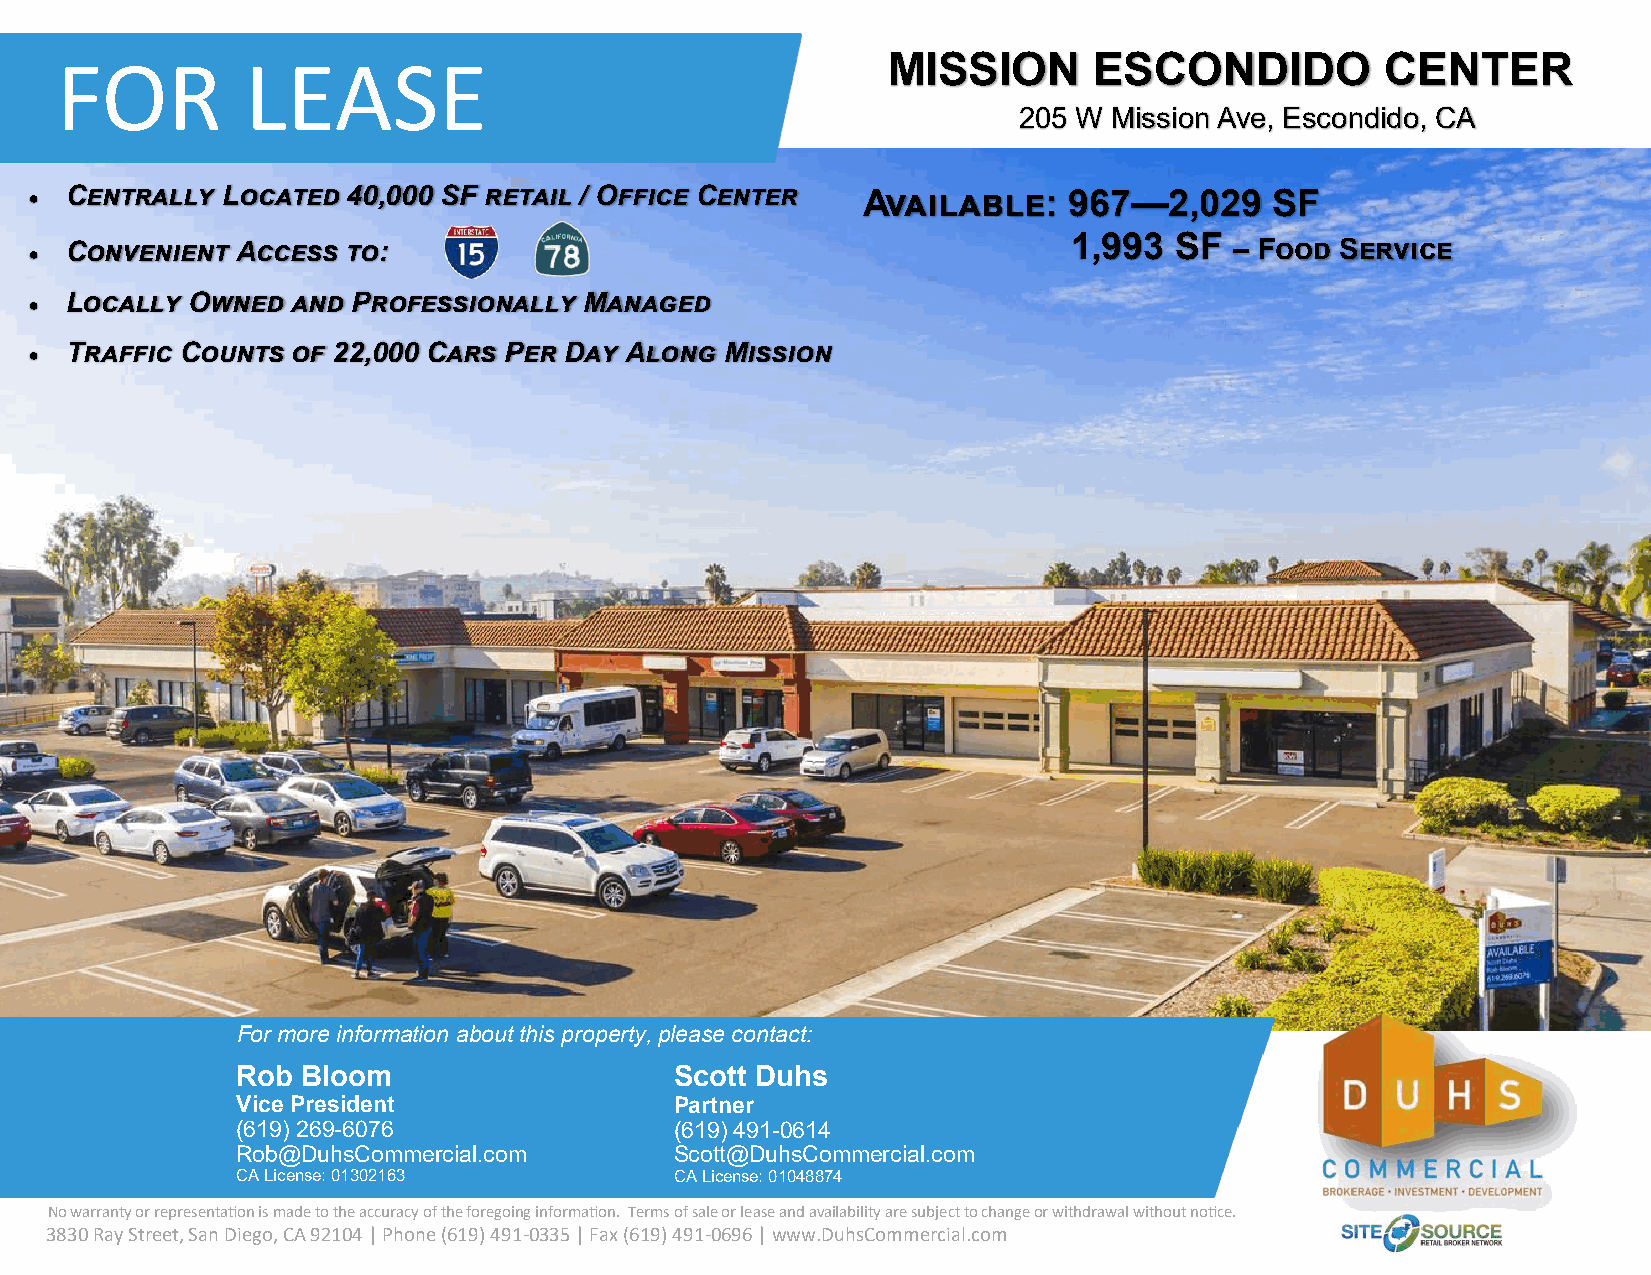
FOR         LEASE                                      MISSION      ESCONDIDO           CENTER
 205 W  Mission Ave, Escondido, CA
 • Centrally  Located 40,000 SF retail / Office Center  Available:    967—2,029    SF
 1,993  SF
 • Convenient  Access to:                                                        – Food Service
 • Locally  Owned and Professionally  Managed
 • Traffic Counts of 22,000 Cars Per Day Along Mission
 For more information about this property, please contact:
 Rob Bloom                    Scott Duhs
 Vice President               Partner
 (619) 269-6076               (619) 491-0614
 Rob@DuhsCommercial.com       Scott@DuhsCommercial.com
 CA License: 01302163         CA License: 01048874
 No warranty or representation is made to the accuracy of the foregoing information. Terms of sale or lease and availability are subject to change or withdrawal without notice.
 3830 Ray Street, San Diego, CA 92104 | Phone (619) 491-0335 | Fax (619) 491-0696 | www.DuhsCommercial.com